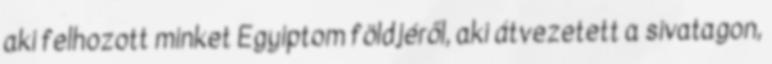
aki felhozott minket Egyiptom földjéről, aki átvezetett a sivatagon,